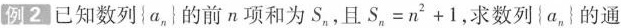
例2已知数列\left \{a_{n}\right \} 的前n项和为S_{n}，且$$S _ { n } = n ^ { 2 } + 1$$，求数列\left \{a_{n}\right \} 的通